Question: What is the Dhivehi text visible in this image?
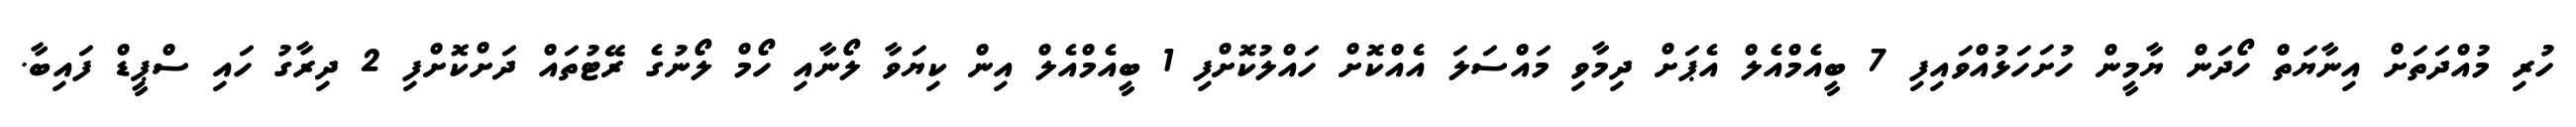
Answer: ހުރި މުއްދަތަށް އިނާޔަތް ހޯދަން ޔާމީން ހުށަހަޅުއްވައިފި 7 ބީއެމްއެލް އެޕަށް ދިމާވި މައްސަލަ އެއްކޮށް ހައްލުކޮށްފި 1 ބީއެމްއެލް އިން ކިޔަވާ ލޯނާއި ހޯމް ލޯނުގެ ރޭޓުތައް ދަށްކޮށްފި 2 ދިރާގު ހައި ސްޕީޑް ފައިބާ.